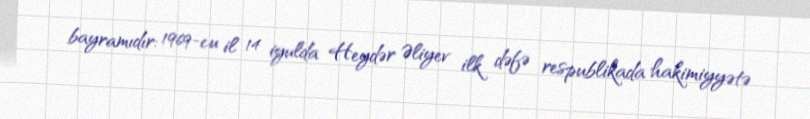
bayramıdır: 1969-cu il 14 iyulda Heydər Əliyev ilk dəfə respublikada hakimiyyətə